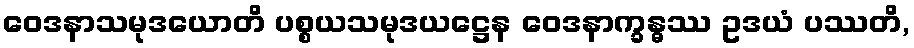
ဝေဒနာသမုဒယောတိ ပစ္စယသမုဒယဋ္ဌေန ဝေဒနာက္ခန္ဓဿ ဥဒယံ ပဿတိ,